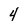
Character: 4